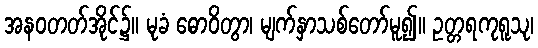
အနဝတတ်အိုင်၌။ မုခံ ဓောဝိတွာ၊ မျက်နှာသစ်တော်မူ၍။ ဥတ္တရကုရူသု၊